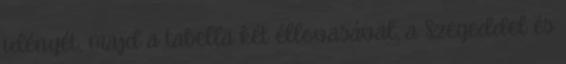
idényét, majd a tabella két éllovasával, a Szegeddel és